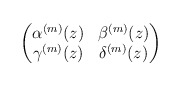
\begin{align*} \begin{pmatrix} \alpha^{(m)}(z) & \beta^{(m)}(z) \\ \gamma^{(m)}(z) & \delta^{(m)}(z) \end{pmatrix}\end{align*}